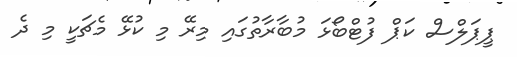
ޕީޕަލްސް ކަޕް ފުޓްބޯޅަ މުބާރާތުގައި މިރޭ މި ކުޅޭ މެޗަކީ މި ދެ